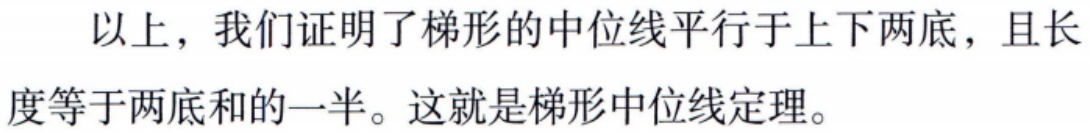
以上，我们证明了梯形的中位线平行于上下两底，且长度等于两底和的一半。这就是梯形中位线定理。